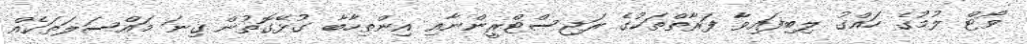
ވޯޓް ލުމުގެ ހައްގު ލިބިފައިވާ ފަރާތްތަކުގެ ރަޖިސްޓްރީންނާއި އިންތިހާބާ ގުޅޭގޮތުން ގިނަ މައްސަލަތަކެއް